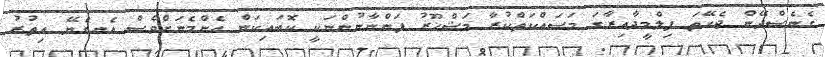
ގެނެސްދޭން ޖެހޭތަ ފިލްމީދާއިރާގަ މަސައްކަތްކުރާ މަޝްހޫރު ފަންނާނުންނަކީ ކޮބައިކަން އެންމެނަށްވެސް އެނގެޔޭ އިތުރު